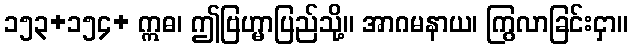
၁၅၃+၁၅၄+ ဣဓ၊ ဤဗြဟ္မာပြည်သို့။ အာဂမနာယ၊ ကြွလာခြင်းငှာ။